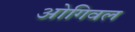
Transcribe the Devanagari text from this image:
ओगिवल